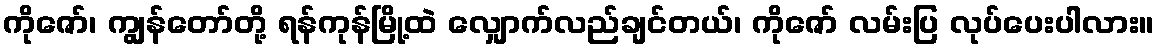
ကိုဇော်၊ ကျွန်တော်တို့ ရန်ကုန်မြို့ထဲ လျှောက်လည်ချင်တယ်၊ ကိုဇော် လမ်းပြ လုပ်ပေးပါလား။